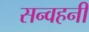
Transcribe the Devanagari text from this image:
सन्वहनी